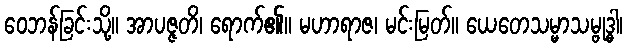
ဝေဘန်ခြင်းသို့။ အာပဇ္ဇတိ၊ ရောက်၏။ မဟာရာဇ၊ မင်းမြတ်။ ယေတေသမ္မာသမ္ဗုဒ္ဓါ၊